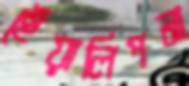
হেঁয়ালিপনা